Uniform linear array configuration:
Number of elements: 12
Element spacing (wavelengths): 1
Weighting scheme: blackman
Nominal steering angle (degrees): -30
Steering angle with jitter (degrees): -30.754
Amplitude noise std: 0.05
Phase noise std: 0.05

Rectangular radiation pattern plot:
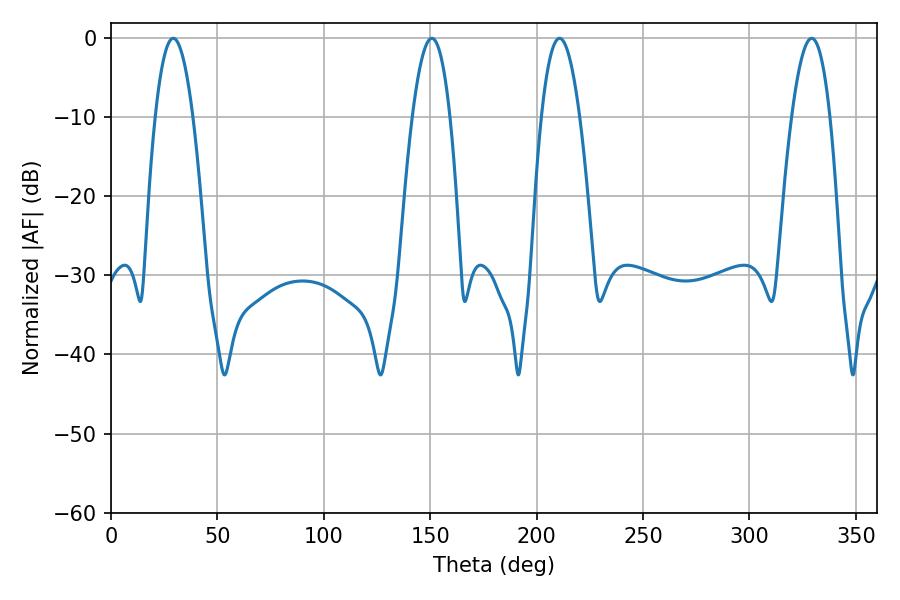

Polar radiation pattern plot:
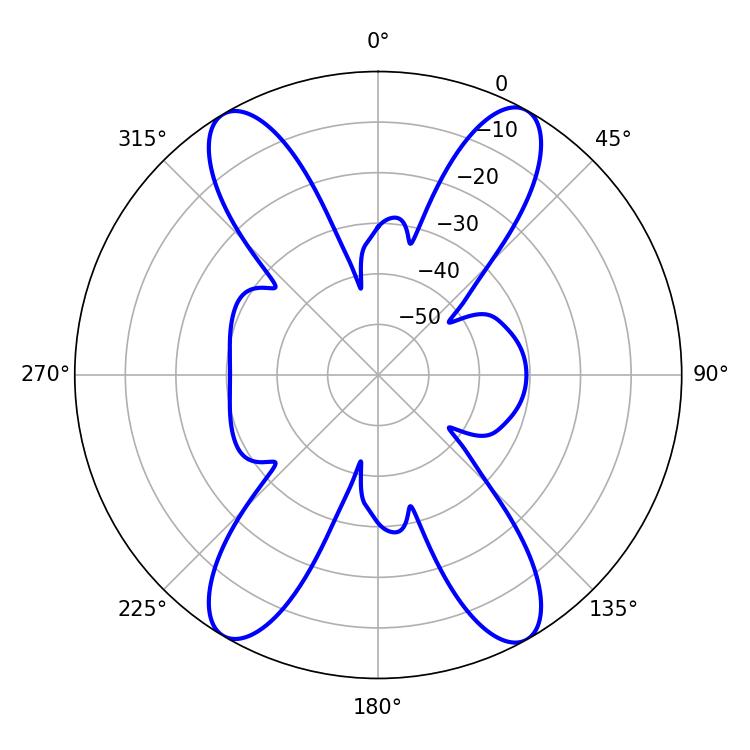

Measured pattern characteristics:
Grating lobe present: TRUE
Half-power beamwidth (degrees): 9.9
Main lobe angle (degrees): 210.78